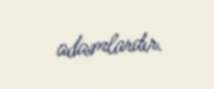
adamlardır.